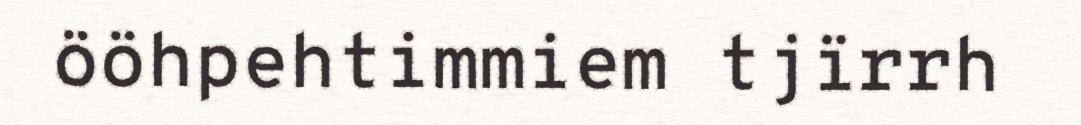
ööhpehtimmiem tjïrrh